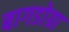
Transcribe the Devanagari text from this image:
बागडोग्रा